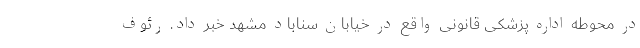
در محوطه اداره پزشکی قانونی واقع در خیابان سناباد مشهد خبر داد. رئوف